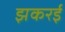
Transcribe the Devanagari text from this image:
झकरई